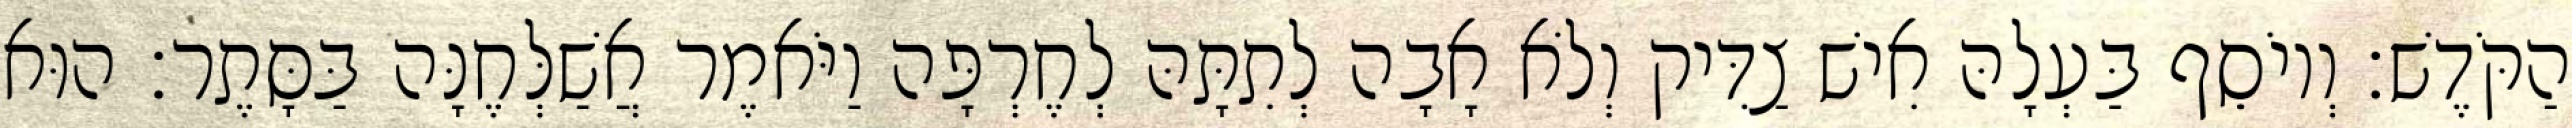
הַקֹּדֶשׁ׃ וְיוֹסֵף בַּעְלָהּ אִישׁ צַדִּיק וְלֹא אָבָה לְתִתָּהּ לְחֶרְפָּה וַיֹּאמֶר אֲשַׁלְּחֶנָּה בַּסָּתֶר׃ הוּא